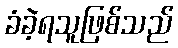
ခံခဲ့ရသူဖြစ်သည်